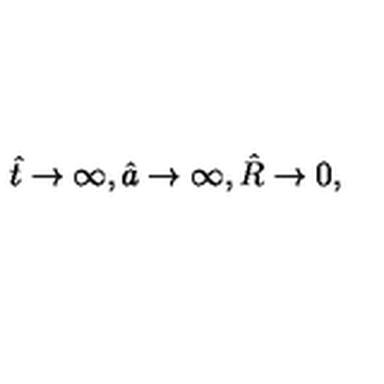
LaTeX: \hat { t } \to \infty , \hat { a } \to \infty , \hat { R } \to 0 ,